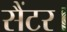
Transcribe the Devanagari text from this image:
सैंटर।